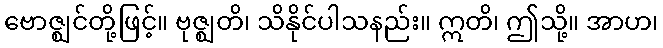
ဗောဇ္ဈင်တို့ဖြင့်။ ဗုဇ္ဈတိ၊ သိနိုင်ပါသနည်း။ ဣတိ၊ ဤသို့။ အာဟ၊